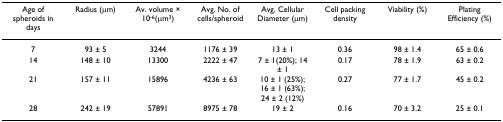
| Age of spheroids in days | Radius (μm) | Av. volume × 10-6(μm3) | Avg. No. of cells/spheroid | Avg. Cellular Diameter (μm) | Cell packing density | Viability (%) | Plating Efficiency (%) |
 | --- | --- | --- | --- | --- | --- | --- | --- |
 | 7 | 93 ± 5 | 3244 | 1176 ± 39 | 13 ± 1 | 0.36 | 98 ± 1.4 | 65 ± 0.6 |
 | 14 | 148 ± 10 | 13300 | 2222 ± 47 | 7 ± 1(20%); 14 ± 1 | 0.17 | 78 ± 1.9 | 63 ± 0.2 |
 | 21 | 157 ± 11 | 15896 | 4236 ± 63 | 10 ± 1 (25%); 16 ± 1 (63%); 24 ± 2 (12%) | 0.27 | 77 ± 1.7 | 45 ± 0.2 |
 | 28 | 242 ± 19 | 57891 | 8975 ± 78 | 19 ± 2 | 0.16 | 70 ± 3.2 | 25 ± 0.1 |